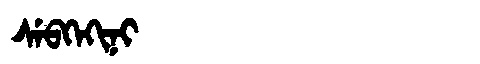
Manchu: ᠰᡝᠪᡴᡝᡴᡳᠨᡳ
Romanization: SEBKEKINI